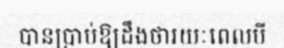
បានប្រាប់ឱ្យដឹងថារយៈពេលបី